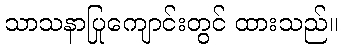
သာသနာပြုကျောင်းတွင် ထားသည်။